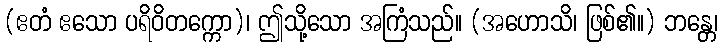
(ဧတံ ဧသော ပရိဝိတက္ကော)၊ ဤသို့သော အကြံသည်။ (အဟောသိ၊ ဖြစ်၏။) ဘန္တေ၊